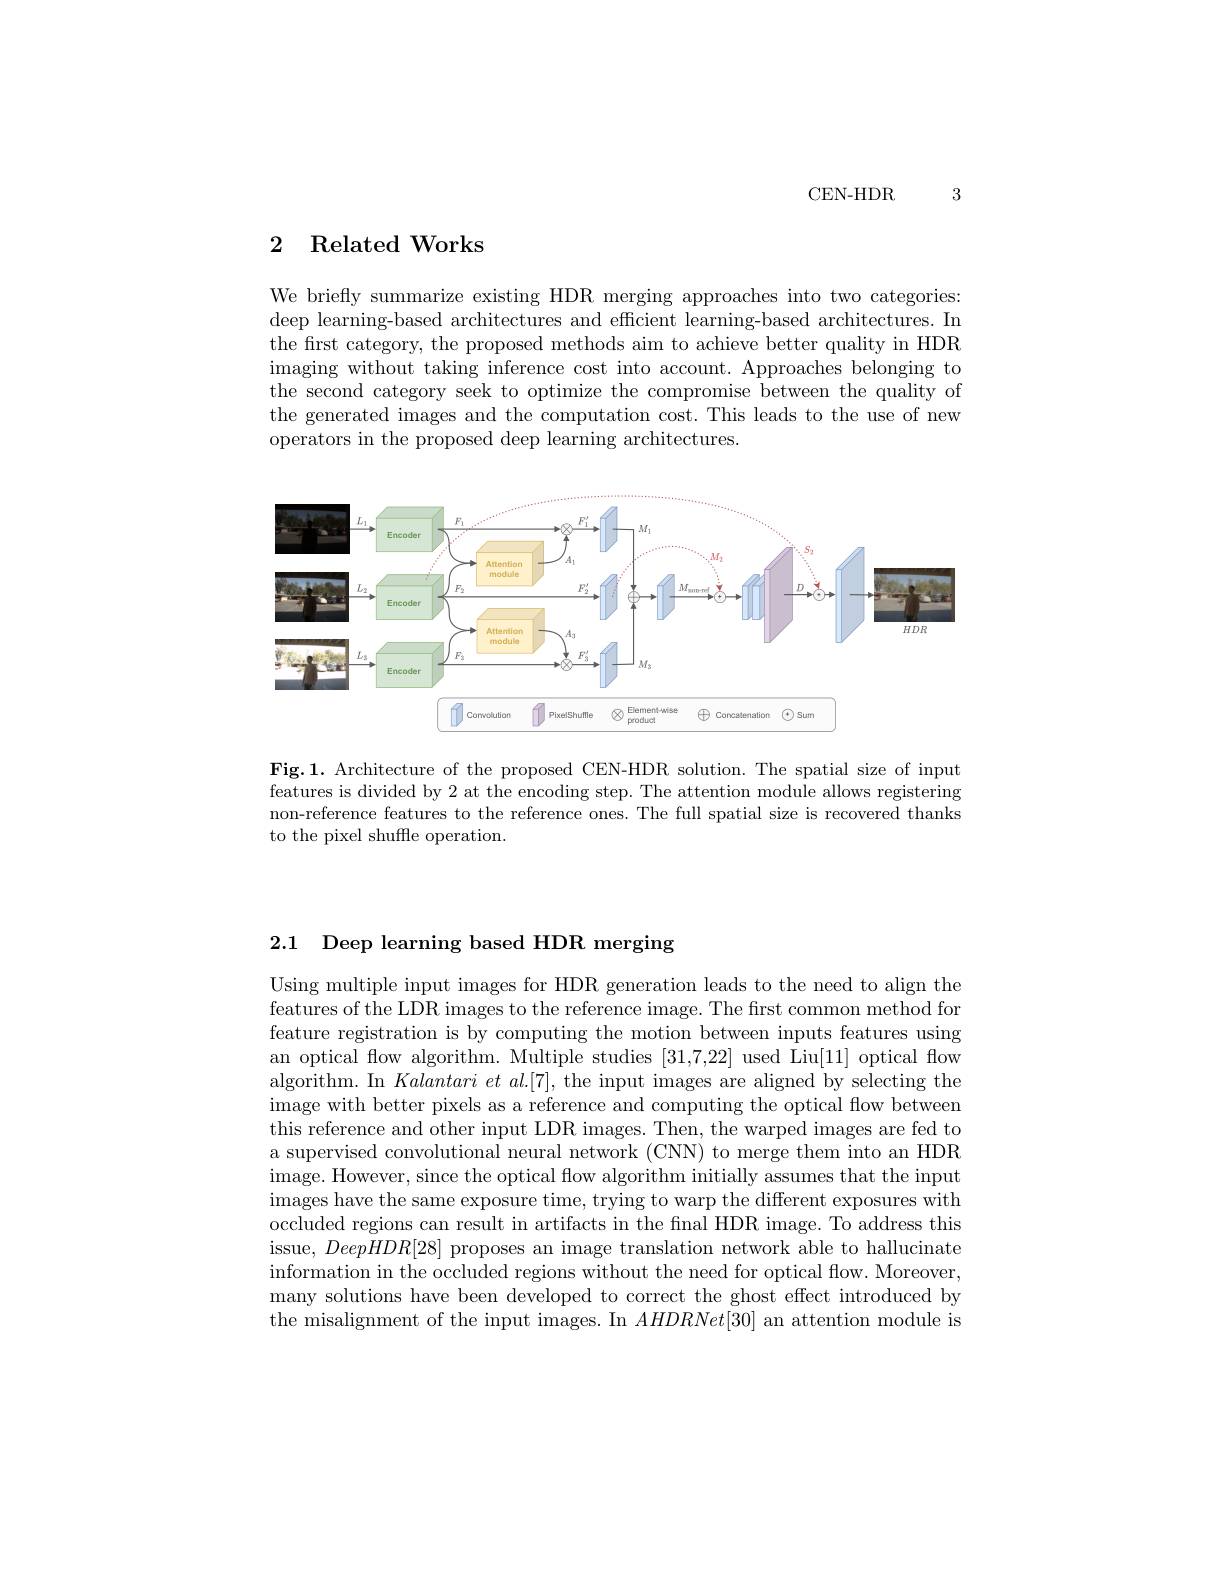
CEN-HDR 3

## 2 Related Works

We briefly summarize existing HDR merging approaches into two categories: deep learning-based architectures and efficient learning-based architectures. In the first category, the proposed methods aim to achieve better quality in HDR imaging without taking inference cost into account. Approaches belonging to the second category seek to optimize the compromise between the quality of the generated images and the computation cost. This leads to the use of new operators in the proposed deep learning architectures.

<FigureHere>

Fig.1. Architecture of the proposed CEN-HDR solution. The spatial size of input features is divided by 2 at the encoding step. The attention module allows registering non-reference features to the reference ones. The full spatial size is recovered thanks to the pixel shuffe operation.

2.1 Deep learning based HDR merging

Using multiple input images for HDR generation leads to the need to align the features of the LDR images to the reference image. The first common method for feature registration is by computing the motion between inputs features using an optical flow algorithm. Multiple studies [31,7,22] used Liu[11] optical flow algorithm. In $\textit{Kalantari et al. [ 7] , the input images are aligned by selecting the}$ $\bar{\text{image with better pixels as a reference and computing the optical flow between}}$ this reference and other input LDR images. Then, the warped images are fed to a supervised convolutional neural network (CNN) to merge them into an HDR image. However, since the optical flow algorithm initially assumes that the input images have the same exposure time, trying to warp the different exposures with occluded regions can result in artifacts in the final HDR image. To address this issue, $DeepHDR[28]$ proposes an image translation network able to hallucinate information in the occluded regions without the need for optical flow. Moreover, many solutions have been developed to correct the ghost effect introduced by the misalignment of the input images. In $AHDRNet[30]$ an attention module is